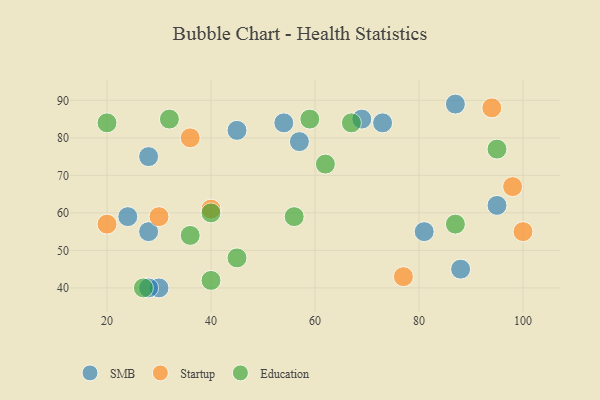
{"axis": {"x": "GDP", "y": "Life Expectancy"}, "legend": ["Education", "SMB", "Startup"], "data": [{"x": "81", "y": 55, "type": "SMB"}, {"x": "30", "y": 40, "type": "SMB"}, {"x": "69", "y": 85, "type": "SMB"}, {"x": "28", "y": 40, "type": "SMB"}, {"x": "54", "y": 84, "type": "SMB"}, {"x": "87", "y": 89, "type": "SMB"}, {"x": "24", "y": 59, "type": "SMB"}, {"x": "73", "y": 84, "type": "SMB"}, {"x": "95", "y": 62, "type": "SMB"}, {"x": "88", "y": 45, "type": "SMB"}, {"x": "57", "y": 79, "type": "SMB"}, {"x": "28", "y": 55, "type": "SMB"}, {"x": "45", "y": 82, "type": "SMB"}, {"x": "28", "y": 75, "type": "SMB"}, {"x": "36", "y": 80, "type": "Startup"}, {"x": "94", "y": 88, "type": "Startup"}, {"x": "20", "y": 57, "type": "Startup"}, {"x": "40", "y": 61, "type": "Startup"}, {"x": "30", "y": 59, "type": "Startup"}, {"x": "98", "y": 67, "type": "Startup"}, {"x": "100", "y": 55, "type": "Startup"}, {"x": "77", "y": 43, "type": "Startup"}, {"x": "87", "y": 57, "type": "Education"}, {"x": "45", "y": 48, "type": "Education"}, {"x": "59", "y": 85, "type": "Education"}, {"x": "40", "y": 42, "type": "Education"}, {"x": "20", "y": 84, "type": "Education"}, {"x": "95", "y": 77, "type": "Education"}, {"x": "32", "y": 85, "type": "Education"}, {"x": "40", "y": 60, "type": "Education"}, {"x": "56", "y": 59, "type": "Education"}, {"x": "27", "y": 40, "type": "Education"}, {"x": "67", "y": 84, "type": "Education"}, {"x": "36", "y": 54, "type": "Education"}, {"x": "62", "y": 73, "type": "Education"}]}